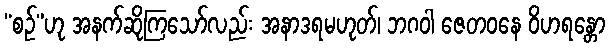
“စဉ်”ဟု အနက်ဆိုကြသော်လည်း အနာဒရမဟုတ်၊ ဘဂဝါ ဇေတဝနေ ဝိဟရန္တော